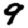
Digit: 9